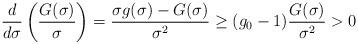
LaTeX: \begin{align*} \frac{d}{d \sigma}\left( \frac{G(\sigma)}{\sigma} \right) = \frac{\sigma g(\sigma) - G(\sigma)}{\sigma^2}\geq (g_0 -1)\frac{G(\sigma)}{\sigma^2} > 0 \end{align*}